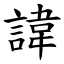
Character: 諱